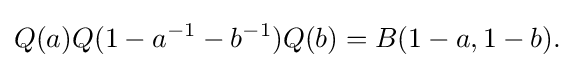
\displaystyle {Q(a)Q(1-a^{-1}-b^{-1})Q(b)=B(1-a,1-b).}